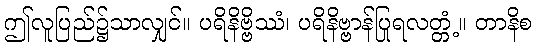
ဤလူပြည်၌သာလျှင်။ ပရိနိဗ္ဗိဿံ၊ ပရိနိဗ္ဗာန်ပြုရလတ္တံ့။ တာနိစ